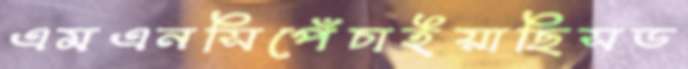
এমএনসিপেঁচাইয়াছিসড